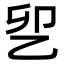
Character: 乮